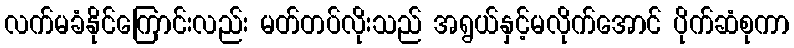
လက်မခံနိုင်ကြောင်းလည်း မတ်တပ်လိုးသည် အရွယ်နှင့်မလိုက်အောင် ပိုက်ဆံစုကာ